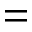
{ } = { }